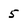
Character: 5